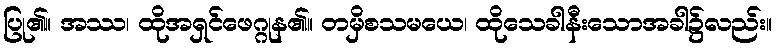
ပြု၏။ အဿ၊ ထိုအရှင်ဖေဂ္ဂုန၏။ တမှိစသမယေ၊ ထိုသေခါနီးသောအခါ၌လည်း။